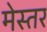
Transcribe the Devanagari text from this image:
मेस्तर